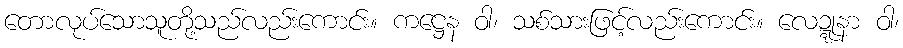
တောလုပ်သောသူတို့သည်လည်းကောင်း။ ကဋ္ဌေန ဝါ၊ သစ်သားဖြင့်လည်းကောင်း။ လေဍ္ဍုနာ ဝါ၊